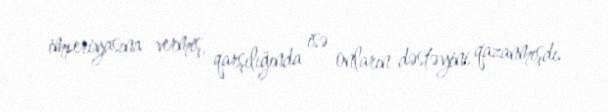
imperiyasına vermiş, qarşılığında isə onların dəstəyini qazanmışdı.